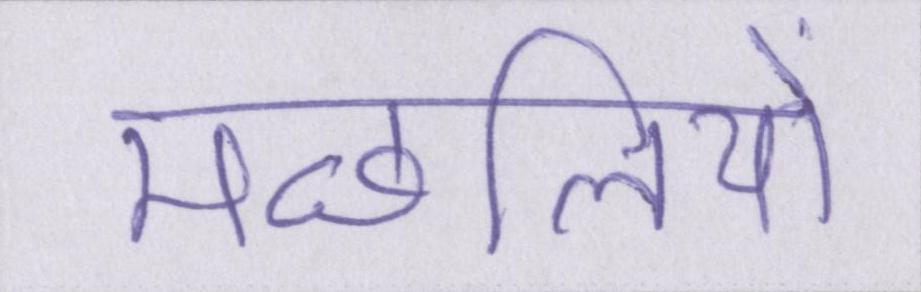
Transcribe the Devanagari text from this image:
मछलियों